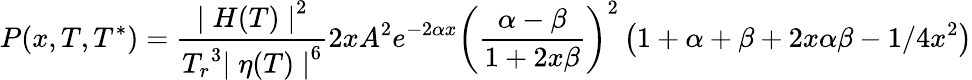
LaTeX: {P(x,T,T^{*})={\frac{{\mid H(T)\mid}^{2}}{{T_{r}}^{3}{\mid\eta(T)\mid}^{6}}}2xA^{2}e^{-2\alpha x}{\left({\frac{\alpha-\beta}{1+2x\beta}}\right)}^{2}\left(1+\alpha+\beta+2x\alpha\beta-{1/{4x^{2}}}\right)}